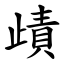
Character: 歵